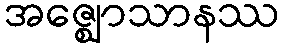
အဇ္ဈောသာနဿ